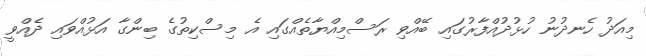
މިއަދު ހެނދުނު ހުޅުދުއްފާރުގައި ބޭއްވި ރަސްމިއްޔާތެއްގައި އެ މިސްކިތުގެ ބިންގާ އަޅުއްވައި ދެއްވީ